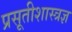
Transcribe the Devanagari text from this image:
प्रसूतीशास्त्रज्ञ